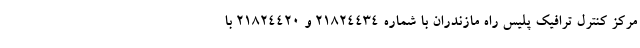
مرکز کنترل ترافیک پلیس راه مازندران با شماره ۲۱۸۲۴۴۳۴ و ۲۱۸۲۴۴۲۰ با